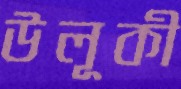
উলূকী